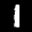
Label: 1